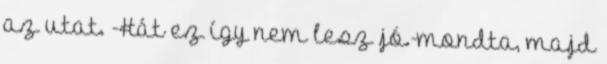
az utat. -Hát ez így nem lesz jó.-mondta, majd